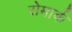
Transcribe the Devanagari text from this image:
सेमार्क